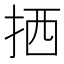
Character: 拪